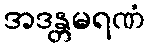
အဒန္တမရဏံ